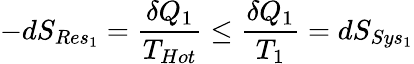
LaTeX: -dS_{Res_{1}}={\frac{\delta Q_{1}}{T_{Hot}}}\leq{\frac{\delta Q_{1}}{T_{1}}}=dS_{Sys_{1}}